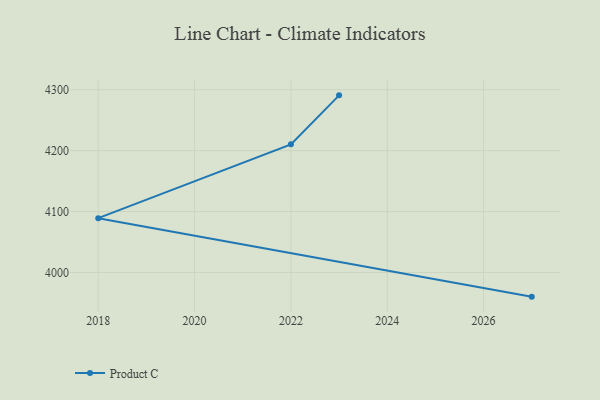
{"axis": {"x": "Year", "y": "Temperature (°C)"}, "legend": ["Product C"], "data": [{"x": "2023", "y": 4290.7, "type": "Product C"}, {"x": "2022", "y": 4210.3, "type": "Product C"}, {"x": "2018", "y": 4089.1, "type": "Product C"}, {"x": "2027", "y": 3960.3, "type": "Product C"}]}